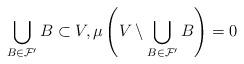
LaTeX: \begin{align*} \bigcup_{B\in\mathcal{F}^\prime} B\subset V, \mu\left(V\setminus\bigcup_{B\in\mathcal{F}^\prime} B\right) = 0 \end{align*}